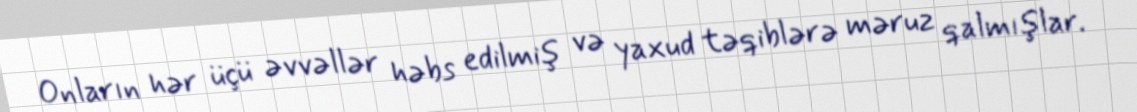
Onların hər üçü əvvəllər həbs edilmiş və yaxud təqiblərə məruz qalmışlar.